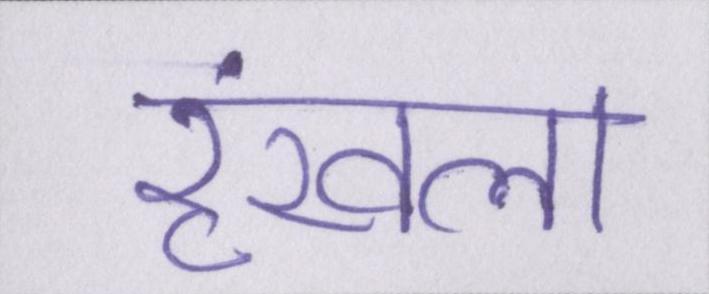
रॄंखला